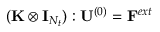
( { \mathbf { \mathbf { \mathbf { K } } } } \otimes { \mathbf { \mathbf { \mathbf { I } } } } _ { N _ { t } } ) : { \mathbf { \mathbf { \mathbf { U } } } } ^ { ( 0 ) } = { \mathbf { \mathbf { \mathbf { F } } } } ^ { e x t }